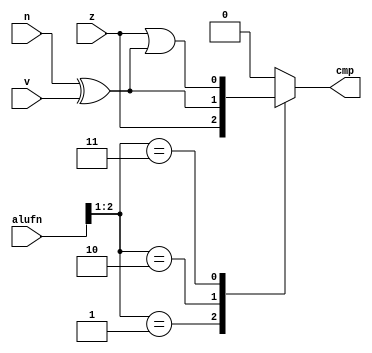
/*
   This file was generated automatically by the Mojo IDE version B1.3.4.
   Do not edit this file directly. Instead edit the original Lucid source.
   This is a temporary file and any changes made to it will be destroyed.
*/

module compare_5 (
    input [5:0] alufn,
    input z,
    input v,
    input n,
    output reg cmp
  );
  
  
  
  always @* begin
    cmp = 8'h00;
    
    case (alufn[1+1-:2])
      2'h1: begin
        cmp = z;
      end
      2'h2: begin
        cmp = (n ^ v);
      end
      2'h3: begin
        cmp = z | (n ^ v);
      end
    endcase
  end
endmodule